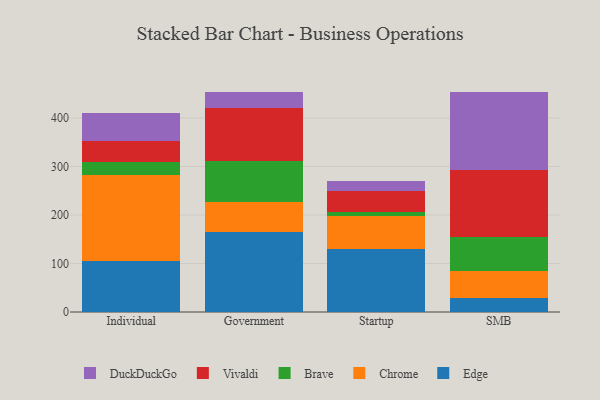
{"axis": {"x": "Segment", "y": "Production Output"}, "legend": ["Brave", "Chrome", "DuckDuckGo", "Edge", "Vivaldi"], "data": [{"x": "Individual", "y": 105.7, "type": "Edge"}, {"x": "Individual", "y": 177.8, "type": "Chrome"}, {"x": "Individual", "y": 26.4, "type": "Brave"}, {"x": "Individual", "y": 41.9, "type": "Vivaldi"}, {"x": "Individual", "y": 58.5, "type": "DuckDuckGo"}, {"x": "Government", "y": 164.6, "type": "Edge"}, {"x": "Government", "y": 62.0, "type": "Chrome"}, {"x": "Government", "y": 85.2, "type": "Brave"}, {"x": "Government", "y": 108.2, "type": "Vivaldi"}, {"x": "Government", "y": 33.1, "type": "DuckDuckGo"}, {"x": "Startup", "y": 130.7, "type": "Edge"}, {"x": "Startup", "y": 67.8, "type": "Chrome"}, {"x": "Startup", "y": 8.5, "type": "Brave"}, {"x": "Startup", "y": 41.6, "type": "Vivaldi"}, {"x": "Startup", "y": 22.5, "type": "DuckDuckGo"}, {"x": "SMB", "y": 29.3, "type": "Edge"}, {"x": "SMB", "y": 54.9, "type": "Chrome"}, {"x": "SMB", "y": 71.3, "type": "Brave"}, {"x": "SMB", "y": 137.6, "type": "Vivaldi"}, {"x": "SMB", "y": 161.4, "type": "DuckDuckGo"}]}